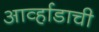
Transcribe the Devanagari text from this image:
आर्व्हाडाची